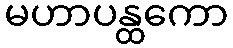
မဟာပန္ထကော